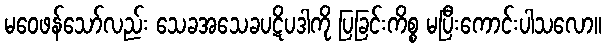
မဝေဖန်သော်လည်း သေခအသေခပဋိပဒါကို ပြခြင်းကိစ္စ မပြီးကောင်းပါသလော။